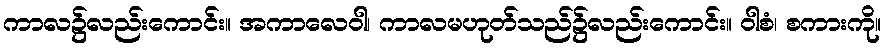
ကာလ၌လည်းကောင်း။ အကာလေဝါ၊ ကာလမဟုတ်သည်၌လည်းကောင်း။ ဝါစံ၊ စကားကို။